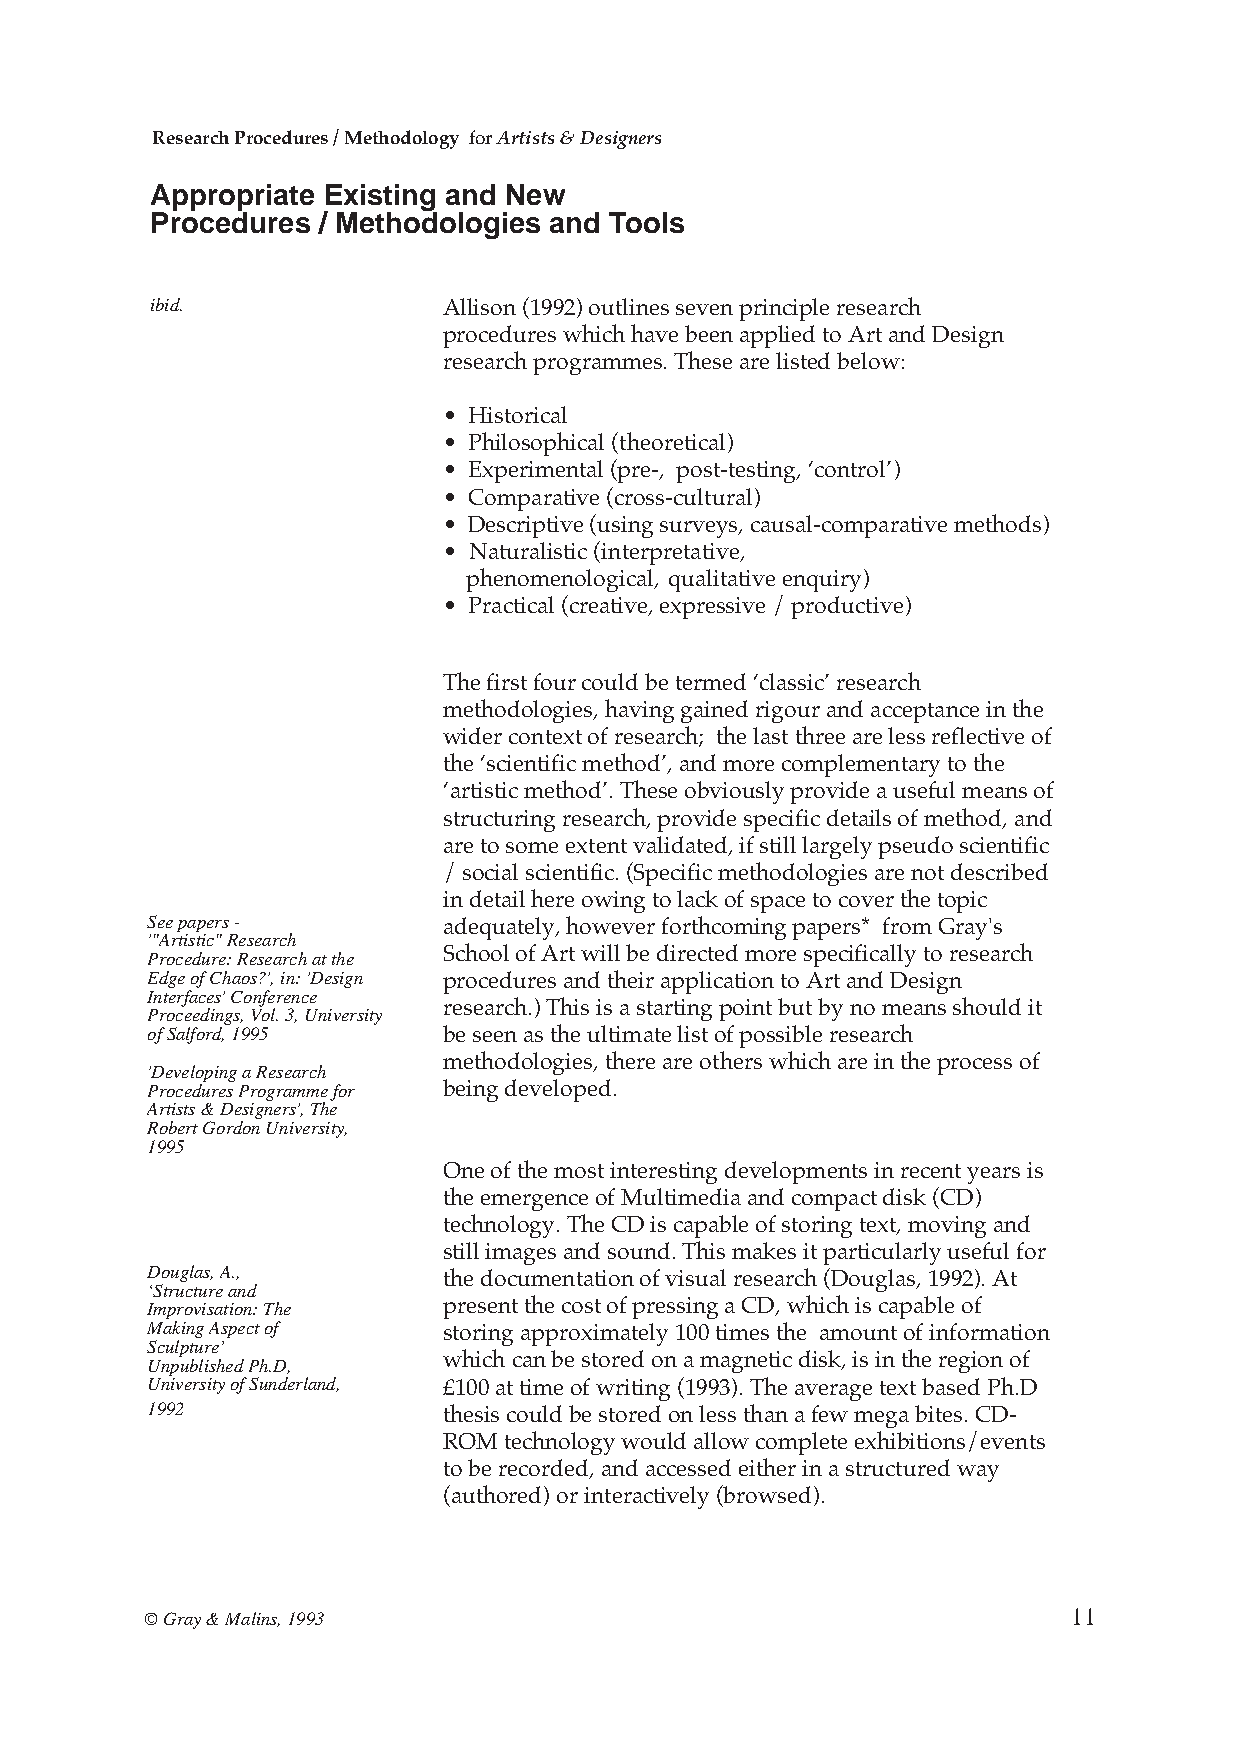
Research Procedures / Methodology for Artists & Designers
 Appropriate Existing and New
 Procedures / Methodologies and Tools
 ibid.              Allison (1992) outlines seven principle research
 procedures which have been applied to Art and Design
 research programmes. These are listed below:
 • Historical
 • Philosophical (theoretical)
 • Experimental (pre-, post-testing, ‘control’)
 • Comparative (cross-cultural)
 • Descriptive (using surveys, causal-comparative methods)
 • Naturalistic (interpretative,
 phenomenological, qualitative enquiry)
 • Practical (creative, expressive / productive)
 The first four could be termed ‘classic’ research
 methodologies, having gained rigour and acceptance in the
 wider context of research; the last three are less reflective of
 the ‘scientific method’, and more complementary to the
 ‘artistic method’. These obviously provide a useful means of
 structuring research, provide specific details of method, and
 are to some extent validated, if still largely pseudo scientific
 / social scientific. (Specific methodologies are not described
 in detail here owing to lack of space to cover the topic
 See papers -       adequately, however forthcoming papers* from Gray's
 '"Artistic" Research
 Procedure: Research at the School of Art will be directed more specifically to research
 Edge of Chaos?', in: 'Design procedures and their application to Art and Design
 Interfaces' Conference
 research.) This is a starting point but by no means should it
 Proceedings, Vol. 3, University
 of Salford, 1995   be seen as the ultimate list of possible research
 methodologies, there are others which are in the process of
 'Developing a Research
 Procedures Programme for being developed.
 Artists & Designers', The
 Robert Gordon University,
 1995
 One of the most interesting developments in recent years is
 the emergence of Multimedia and compact disk (CD)
 technology. The CD is capable of storing text, moving and
 still images and sound. This makes it particularly useful for
 Douglas, A.,
 the documentation of visual research (Douglas, 1992). At
 ‘Structure and
 Improvisation: The present the cost of pressing a CD, which is capable of
 Making Aspect of   storing approximately 100 times the amount of information
 Sculpture’
 Unpublished Ph.D,  which can be stored on a magnetic disk, is in the region of
 University of Sunderland, £100 at time of writing (1993). The average text based Ph.D
 1992               thesis could be stored on less than a few mega bites. CD-
 ROM technology would allow complete exhibitions/events
 to be recorded, and accessed either in a structured way
 (authored) or interactively (browsed).
 © Gray & Malins, 1993                                        11